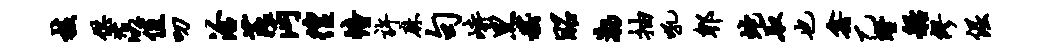
核供落值叨洽芘沔徨幢许麻句峙黑嵇昭渤抽吼郫蛇取也鑫乙瞠船缪倔